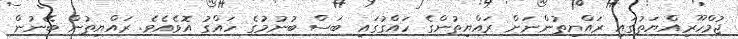
ޖުމްހޫރިއްޔަތުގައި ރައްޔިތުންނަށް ރައްޔިތުންގެ ހައްގުގައި ބަސް ބުނުމުގެ ހައްގު އޮވެއެވެ. ރައްޔިތުން ބޭނުން